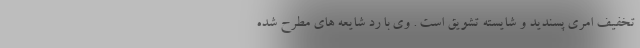
تخفیف امری پسندید و شایسته تشویق است . وی با رد شایعه های مطرح شده